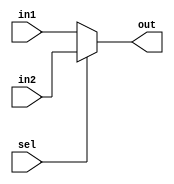
`timescale 1ns / 1ps
//////////////////////////////////////////////////////////////////////////////////
// Company: 
// Engineer: 
// 
// Design Name: 
// Module Name: Mux_TwoToOne5
// Project Name: 
// Target Devices: 
// Tool Versions: 
// Description: 
// 
// Dependencies: 
// 
// Revision:
// Revision 0.01 - File Created
// Additional Comments:
// 
//////////////////////////////////////////////////////////////////////////////////


module Mux_TwotoOne5(sel,in1,in2,out);
	 input  sel;        // sel=0in1in2
	 input  [4:0]  in1;
	 input  [4:0]  in2;
	 output  reg  [4:0]  out;
	 
	 always@( in1 or in2 or sel) begin
		if( sel== 0 )
			out =in1;        
		else
			out = in2;      
	 end

endmodule